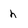
Character: h